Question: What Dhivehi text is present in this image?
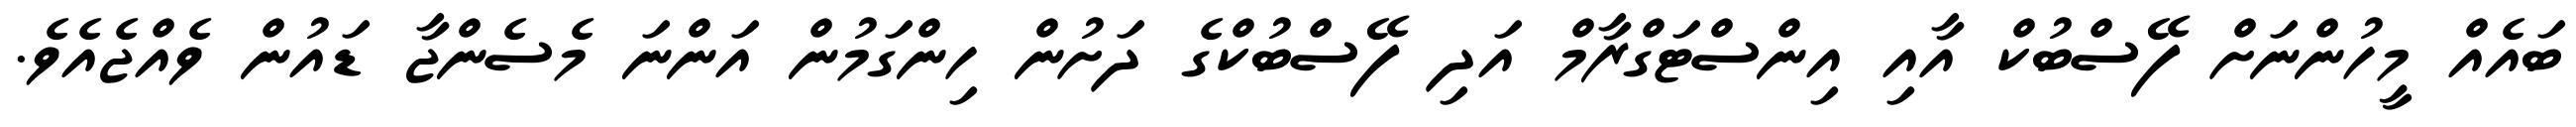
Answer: ބައެއް މީހުންނަށް ފޭސްބުކް އާއި އިންސްޓަގްރާމް އަދި ފޭސްބުކްގެ ދަށުން ހިންގަމުން އަންނަ މެސެންޖާ ޑައުން ވެއްޖެއެވެ.